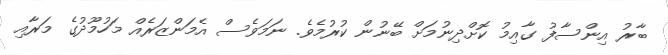
ބާރު އިންސާފު ގާއިމު ކޮށްދިނުމަށް ބޭނުން ކުރުމެވެ. ނަމަވެސް އެމަންޒަރެއް މަހުމޫދުގެ މަރާއި